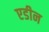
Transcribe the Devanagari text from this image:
एडीन